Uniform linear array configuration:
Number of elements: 32
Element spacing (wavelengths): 1
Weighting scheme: exponential
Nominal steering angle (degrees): -60
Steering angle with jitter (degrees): -60.321
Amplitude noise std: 0.05
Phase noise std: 0.05

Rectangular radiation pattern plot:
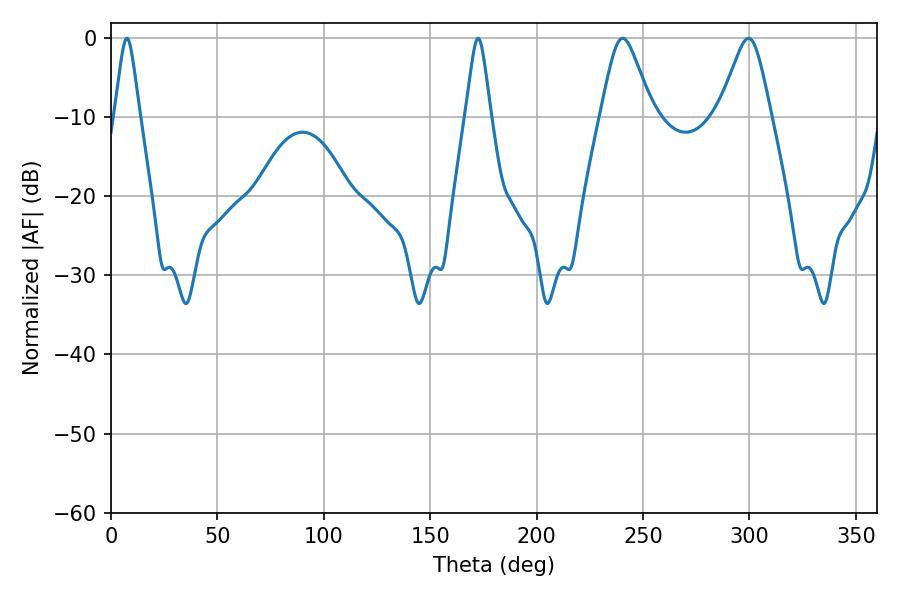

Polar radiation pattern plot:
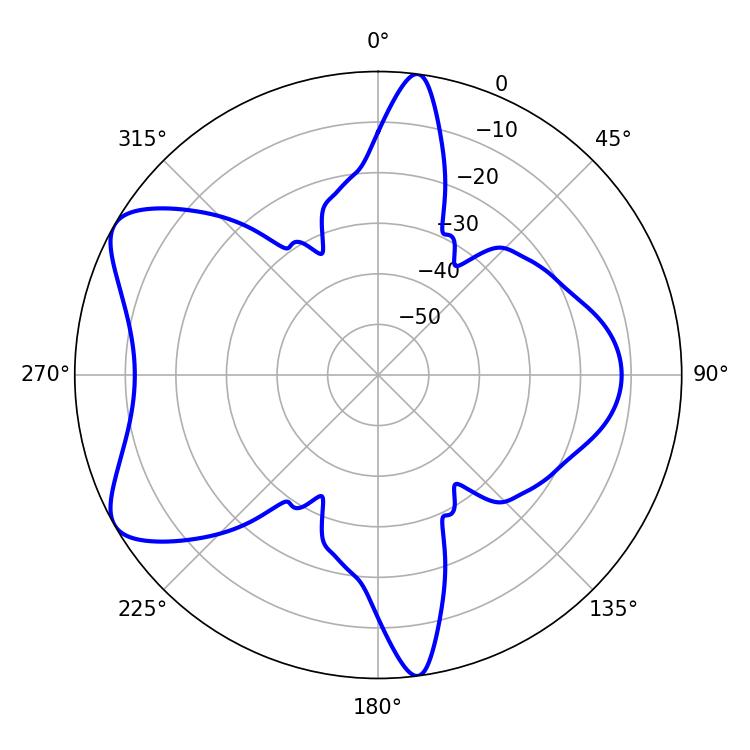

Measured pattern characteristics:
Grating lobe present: TRUE
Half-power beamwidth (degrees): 11.7
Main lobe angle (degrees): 240.48